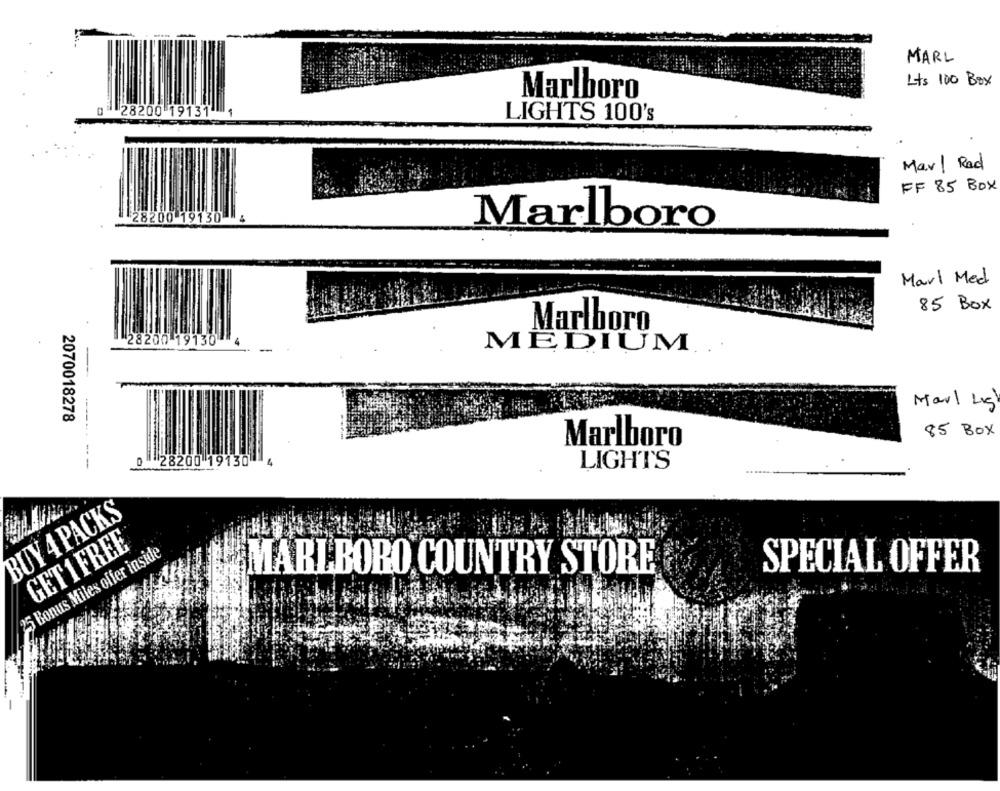
--
MARL
Lts 100 Box
Marlboro
0 28200 19131 1
LIGHTS 100's
Marl Red
FF 85 BOX
Marlboro
Marl Med
85 Box
Marlboro
28200 19130
MEDIUM ...
Marl Lig
2070018278
85 Box
Marlboro
28200 19130
LIGHTS
BUY 4 PACKS
GET 1 FREE
25 Bonus Miles offer inside
MARLBORO COUNTRY STORE
SPECIAL OFFER